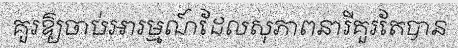
គួរឱ្យចាប់អារម្មណ៍ដែលសុភាពនារីគួរតែបាន